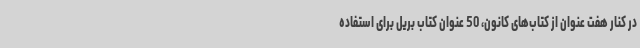
در کنار هفت عنوان از کتاب‌های کانون، 50 عنوان کتاب بریل برای استفاده